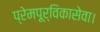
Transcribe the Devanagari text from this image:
प्रेमपूर्विकासेवा।